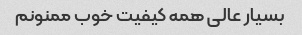
بسیار عالی همه کیفیت خوب ممنونم